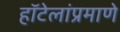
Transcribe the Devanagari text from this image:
हॉटेलांप्रमाणे